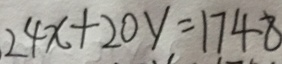
2 4 x + 2 0 y = 1 7 4 8